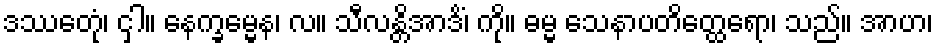
ဒဿေတုံ၊ ငှါ။ နေက္ခမ္မေန၊ လ။ သီလန္တိအာဒိံ၊ ကို။ ဓမ္မ သေနာပတိတ္ထေရော၊ သည်။ အာဟ၊